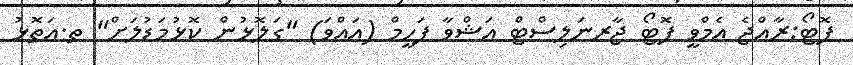
ފޮޓޯ:ރާއްޖެ އެމްވީ ފޮޓޯ ޖާރނަލިސްޓް އަޝްވާ ފަހީމް (އައްވަ) "ގަލޮޅުން ކޮޅުމަޑުލަށް" ތ.އަތޮޅު